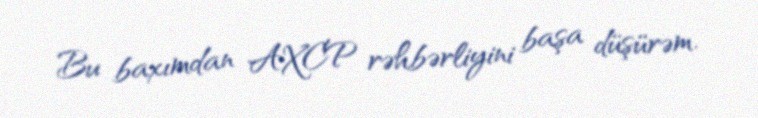
Bu baxımdan AXCP rəhbərliyini başa düşürəm.